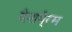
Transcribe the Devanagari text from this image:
देशपे्रम